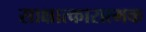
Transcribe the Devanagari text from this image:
साक्षात्कारात्मक